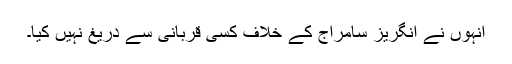
انہوں نے انگریز سامراج کے خلاف کسی قربانی سے دریغ نہیں کیا۔